Vaccination in Bombay 1869-1873 - 1869-1873
Year: 1869
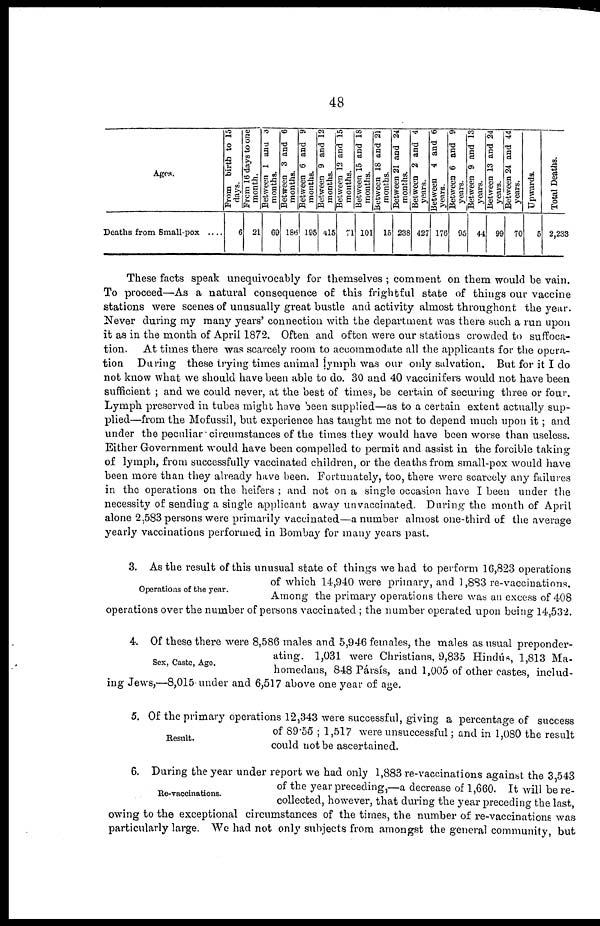
48
Ages.
Deaths from Small-pox ....
From birth to 15
days.
6
From 16 days to one
month.
21
Between 1and 3
months.
69
Between 3 and 6
months.
186
Between 6 and 9
months.
195
Between 9 and 12
months.
415
Between 12 and 15
months.
71
Between 15 and 18
months.
101
Between 18 and 21
months.
15
Between 21 and 24
months.
238
Between 2 and 4
years.
427
Between 4 and 6
years.
176
Between 6 and 9
years.
95
Between 9 and 13
years.
44
Between 13 and 24
years.
99
Between 24 and 44
years.
70
Upwards.
5
Total Deaths.
2,233
These facts speak unequivocably for themselves ; comment on them would be vain.
To proceed—As a natural consequence of this frightful state of things our vaccine
stations were scenes of unusually great bustle and activity almost throughont the year.
Never during my many years' connection with the department was there such a run upon
it as in the month of April 1872. Often and often were our stations crowded to suffoca-
tion. At times there was scarcely room to accommodate all the applicants for the opera-
tion During these trying times animal lymph was our only salvation. But for it I do
not know what we should have been able to do. 30 and 40 vaccinifers would not have been
sufficient ; and we could never, at the best of times, be certain of securing three or four.
Lymph preserved in tubes might have been supplied—as to a certain extent actually sup-
plied—from the Mofussil, but experience has taught me not to depend much upon it; and
under the peculiar circumstances of the times they would have been worse than useless.
Either Government would have been compelled to permit and assist in the forcible taking
of lymph, from successfully vaccinated children, or the deaths from small-pox would have
been more than they already have been. Fortunately, too, there were scarcely any failures
in the operations on the heifers ; and not on a single occasion have I been under the
necessity of sending a single applicant away unvaccinated. During the month of April
alone 2,583 persons were primarily vaccinated—a number almost one-third of the average
yearly vaccinations performed in Bombay for many years past.
Operations of the year.
3. As the result of this unusual state of things we had to perform 16,823 operations
of which 14,940 were primary, and 1,883 re-vaccinations.
Among the primary operations there was an excess of 408
operations over the number of persons vaccinated ; the number operated upon being 14,532.
Sex, Caste, Age.
4. Of these there were 8,586 males and 5,946 females, the males as usual preponder-
ating. 1,031 were Christians, 9,835 Hindús, 1,813 Ma¬
homedans, 848 Pársís, and 1,005 of other castes, includ-
ing Jews,—8,015 under and 6,517 above one year of age.
Result.
5. Of the primary operations 12,343 were successful, giving a percentage of success
of 89.55 ; 1,517 were unsuccessful; and in 1,080 the result
could not be ascertained.
Re-vaccinations.
6. During the year under report we had only 1,883 re-vaccinations against the 3,543
of the year preceding,—a decrease of 1,660. It will be re-
collected, however, that during the year preceding the last,
owing to the exceptional circumstances of the times, the number of re-vaccinations was
particularly large. We had not only subjects from amongst the general community, but